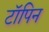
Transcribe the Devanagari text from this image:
टॉपिन